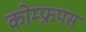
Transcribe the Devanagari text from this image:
कोम्‍फ्रपस